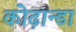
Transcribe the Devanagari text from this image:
कोढ़ान्‍डा